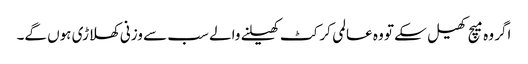
اگر وہ میچ کھیل سکے تو وہ عالمی کرکٹ کھیلنے والے سب سے وزنی کھلاڑی ہوں گے۔